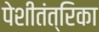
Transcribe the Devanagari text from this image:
पेशीतंत्रिका